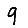
Digit: 9